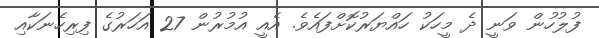
ފުލުހުން ވަނީ ދެ މީހަކު ހައްޔަރުކޮށްފައެވެ. އެއީ އުމުރުން 27 އަހަރުގެ ފިރިހެނަކާއި